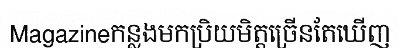
Magazineកន្លងមកប្រិយមិត្តច្រើនតែឃើញ